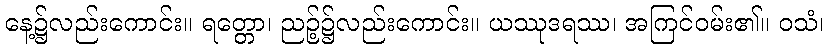
နေ့၌လည်းကောင်း။ ရတ္တော၊ ညဉ့်၌လည်းကောင်း။ ယဿုဒရဿ၊ အကြင်ဝမ်း၏။ ဝသံ၊